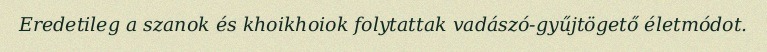
Eredetileg a szanok és khoikhoiok folytattak vadászó-gyűjtögető életmódot.